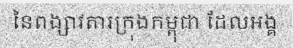
នៃពង្សាវតារក្រុងកម្ពុជា ដែលអង្គ